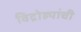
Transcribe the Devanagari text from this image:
विद्रोह्यांची